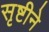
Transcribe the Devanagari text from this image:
सृष्टीने